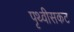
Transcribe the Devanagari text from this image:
पृथ्वीसकट